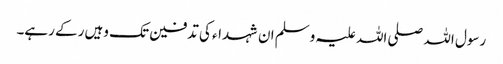
رسول اللہ صلی اللہ علیہ وسلم ان شہداء کی تدفین تک وہیں رکے رہے۔